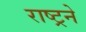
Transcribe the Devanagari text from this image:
राष्ट्रने